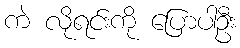
ကဲ လိုရင်းကို ပြောပါဦး